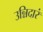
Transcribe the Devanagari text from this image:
उन्निदारं